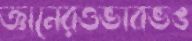
জ্ঞানেরওভাবভঙ